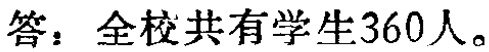
答：全校共有学生360人。